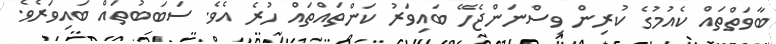
ބާވަތްތައް ކެއުމުގެ ކުރިން ވިސްނަންޖެހޭ ބައިވަރު ކަންތައްތައް ހުރެ އެވެ. ސަބަބުތައް ބައިވަރެވެ.